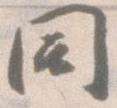
同